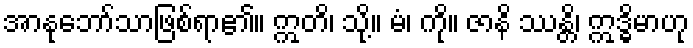
အာနုဘော်သာဖြစ်ရာ၏။ ဣတိ၊ သို့။ မံ၊ ကို။ ဇာနိ ဿန္တိ၊ ဣဒ္ဓိမာဟု